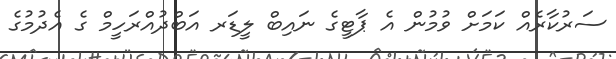
ސަރުކާރެއް ކަމަށް ވުމުން އެ ޕާޓީގެ ނައިބް ލީޑަރ އަބްދުއްރަހީމް ގެ އެދުމުގެ